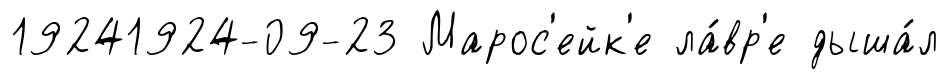
19241924-09-23 Марос'ейк'е ла́вр'е дыша́л